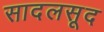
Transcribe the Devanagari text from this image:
सादलसूद